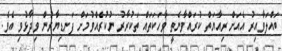
ބައްލަވާއިރު އެއަށް ރިއާޔަތް ކުރައްވާނެތީ ވާހަކަތައް ތަކުރާރު ނުކުރެއްވުމަށް ފަނޑިޔާރުން ވިދާޅުވި އެވެ.